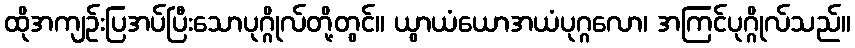
ထိုအကျဉ်းပြအပ်ပြီးသောပုဂ္ဂိုလ်တို့တွင်။ ယွာယံယောအယံပုဂ္ဂလော၊ အကြင်ပုဂ္ဂိုလ်သည်။